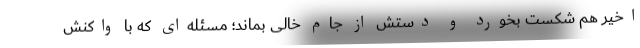
اخیر هم شکست بخورد و دستش از جام خالی بماند؛ مسئله‌ای که با واکنش